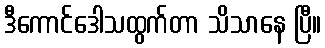
ဒီကောင်ဒေါသထွက်တာ သိသာနေ ပြီ။